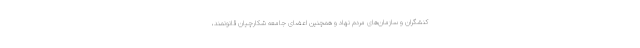
کنشگران و سازمان‌های مردم نهاد و همچنین اعضای جامعه شکارچیان قانونمند،